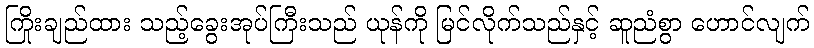
ကြိုးချည်ထား သည့်ခွေးအုပ်ကြီးသည် ယုန်ကို မြင်လိုက်သည်နှင့် ဆူညံစွာ ဟောင်လျက်